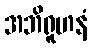
အဘိရူဟနံ